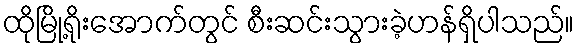
ထိုမြို့ရိုးအောက်တွင် စီးဆင်းသွားခဲ့ဟန်ရှိပါသည်။